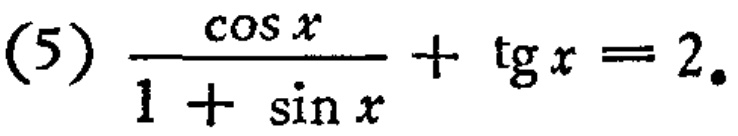
\((5)\ \frac{\cos x}{1 + \sin x}+\tg x = 2\)